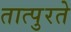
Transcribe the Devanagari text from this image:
तात्पुरतेे